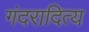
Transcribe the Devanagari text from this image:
गंदरादित्य